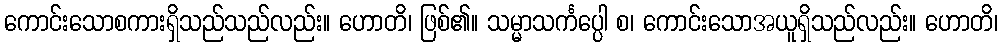
ကောင်းသောစကားရှိသည်သည်လည်း။ ဟောတိ၊ ဖြစ်၏။ သမ္မာသင်္ကပ္ပေါ စ၊ ကောင်းသောအယူရှိသည်လည်း။ ဟောတိ၊